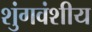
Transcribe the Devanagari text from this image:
शुंगवंशीय